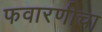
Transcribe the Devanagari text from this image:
फवारणीचा